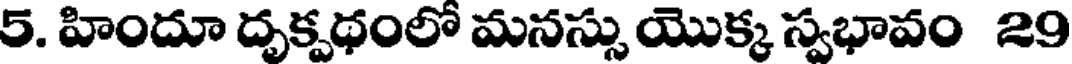
5. హిందూ దృక్పథంలో మనస్సు యొక్క స్వభావం 29